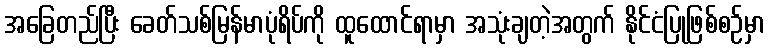
အခြေတည်ပြီး ခေတ်သစ်မြန်မာပုံရိပ်ကို ထူထောင်ရာမှာ အသုံးချတဲ့အတွက် နိုင်ငံပြုဖြစ်စဉ်မှာ